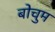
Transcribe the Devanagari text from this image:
बोचुम